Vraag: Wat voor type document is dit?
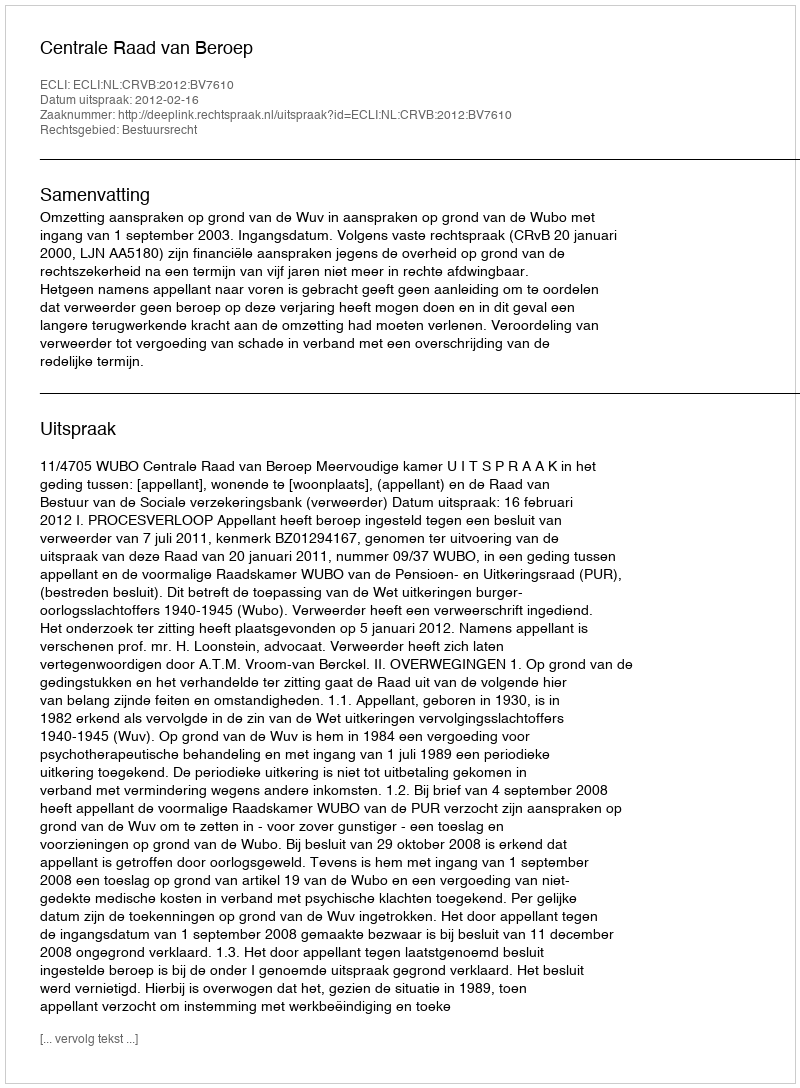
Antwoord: Uitspraak